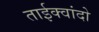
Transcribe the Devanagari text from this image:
ताईक्वांदो